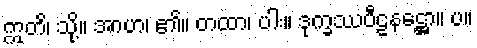
ဣတိ၊ သို့။ အာဟ၊ ၏။ တထာ၊ ပါး။ ဒုက္ခဿပီဠနဋ္ဌော။ ပ။